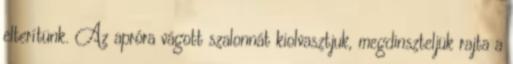
elterítünk. Az apróra vágott szalonnát kiolvasztjuk, megdinszteljük rajta a